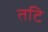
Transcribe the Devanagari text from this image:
तटि